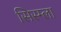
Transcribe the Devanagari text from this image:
सिस्म्ला